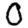
Digit: 0